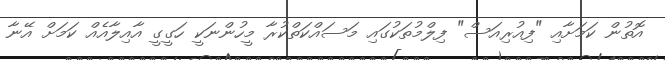
އޮތުން ކަމަށާއި "ފިއުރިއަސް" ފިލްމުތަކުގައި މަސައްކަތްކުރާ މީހުންނަކީ ހަގީގީ އާއިލާއެއް ކަމަށް އޭނާ